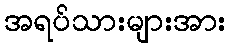
အရပ်သားများအား